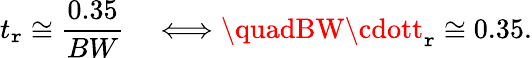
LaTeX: t_{\mathtt{r}}\cong{\frac{{0.35}}{{BW}}}\quad\Longleftrightarrow\quadBW\cdott_{\mathtt{r}}\cong0.35.